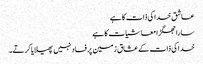
عاشق خدا کی ذات کا ہے
سارا جھگڑا معاشیات کا ہے
خدا کی ذات کے عشاق زمین پر فساد نہیں پھیلایا کرتے۔